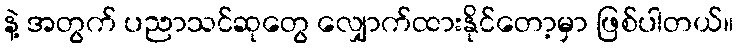
နဲ့ အတွက် ပညာသင်ဆုတွေ လျှောက်ထားနိုင်တော့မှာ ဖြစ်ပါတယ်။